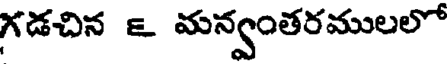
గడచిన ౬ మన్వంతరములలో